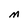
Character: M